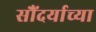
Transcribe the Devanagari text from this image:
सौंदर्याच्या